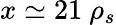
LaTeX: x\simeq 21\ \rho_{s}